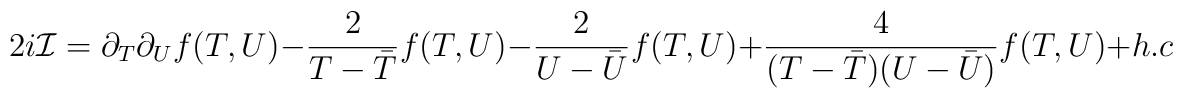
2i{\cal I} =  \partial_T\partial_U f(T,U) -\frac{2}{T- {\bar T}}f(T,U) -\frac{2}{U - {\bar U}}f(T,U) + \frac{4}{ (T-{\bar T}) (U -{\bar U})}f(T,U)+h.c